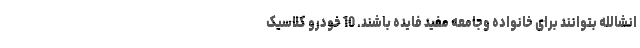
انشالله بتوانند برای خانواده وجامعه مفید فایده باشند. 10 خودرو کلاسیک